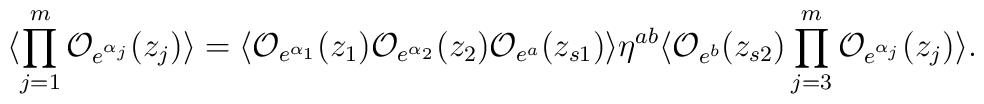
\langle \prod_{j=1}^{m}{\cal O}_{e^{\alpha_{j}}}(z_{j})\rangle=\langle{\cal O}_{e^{\alpha_{1}}}(z_{1}){\cal O}_{e^{\alpha_{2}}}(z_{2})    {\cal O}_{e^{a}}(z_{s1})\rangle\eta^{ab}\langle{\cal O}_{e^{b}}(z_{s2})\prod_{j=3}^{m}{\cal O}_{e^{\alpha_{j}}}(z_{j})    \rangle.